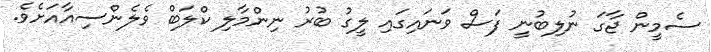
ސެމީން ޖާގަ ނުލިބުނީ ފަސް ވަނައިގައި ލީގު ބުރު ނިންމާލި ކްލަބް ވެލެންސިއާއަށެވެ.